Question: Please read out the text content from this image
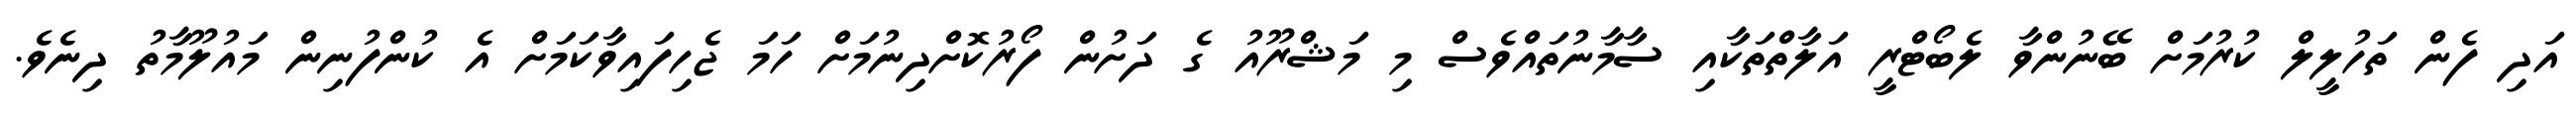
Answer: އަދި ފެން ތަހުލީލް ކުރުމަށް ބޭނުންވާ ލެބޯޓްރީ އަލާތްތަކާއި ސާމާނުތައްވެސް މި މަޝްރޫއު ގެ ދަށުން ފޯރުކޮށްދިނުމަށް ހަމަ ޖެހިފައިވާކަމަށް އެ ކުންފުނިން މައުލޫމާތު ދިނެވެ.